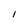
Character: I